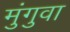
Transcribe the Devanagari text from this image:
मुंगुवा